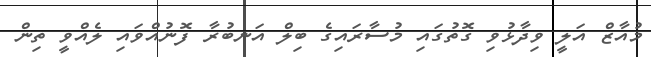
މުއާޒް އަލީ ވިދާޅުވި ގޮތުގައި މުސާރައިގެ ބިލް އަނބުރާ ފޮނުއްވައި ލެއްވީ ތިން